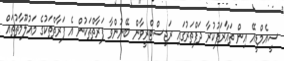
ސީއެމްޑީއޭ އިން ތައާރަފުކުރާ ދަފްތަރުގައި ރަޖިސްޓްރީވާން ބޭނުންވާ ފަރާތްތަކުން އެ ފަރާތްތަކުގެ މައުލޫމާތުތައް